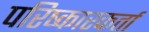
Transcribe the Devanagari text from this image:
परिष्कारकर्ता